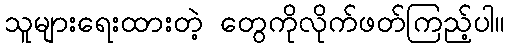
သူများရေးထားတဲ့ တွေကိုလိုက်ဖတ်ကြည့်ပါ။